Vaccination in Bombay 1913-1923 - 1913-1923
Year: 1913
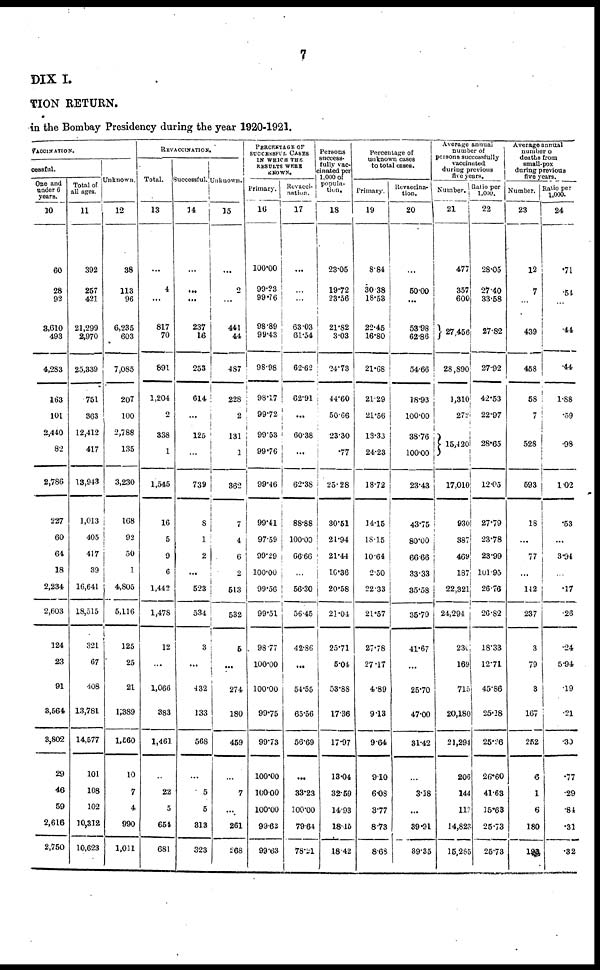
7
DIX I.
TION RETURN.
in the Bombay Presidency during the year 1920-1921.
VACCINATION.
cessful.
One and
under 6
years.
10
60
28
92
3,610
493
4,283
163
101
2,440
82
2,786
227
60
64
18
2,234
2,603
124
23
91
3,564
3,802
29
46
59
2,616
2,750
Total of
all ages.
11
392
257
421
21,299
2,970
25,339
751
363
12,412
417
13,943
1,013
405
417
39
16,641
18,515
321
67
408
13,781
14,577
101
108
102
10,312
10,623
Unknown.
12
38
113
96
6,235
603
7,085
207
100
2,788
135
3,230
168
92
50
1
4,805
5,116
125
25
21
1.389
1,560
10
7
4
990
1,011
REVACCINATION
Total.
13
...
4
...
817
70
891
1,204
2
338
1
1,545
16
5
9
6
1,442
1,478
12
...
1,066
383
1,461
...
22
5
654
681
Successful.
14
...
...
...
237
16
253
614
...
125
...
739
8
1
2
...
523
534
3
...
432
133
568
...
5
5
313
323
Unknown.
15
...
2
...
441
44
487
228
2
131
1
362
7
4
6
2
513
532
5
...
274
180
459
...
7
...
261
268
PERCENTAGE OF
SUCCESSFUL CASES
IN WHICH THE
RESULTS WERE
KNOWN.
Primary.
16
100.00
99.23
99.76
98.89
99.43
98.98
98.17
99.72
99.53
99.76
99.46
99.41
97.59
99.29
100.00
99.56
99.51
98.77
100.00
100.00
99.75
99.73
100.00
100.00
100.00
99.62
99.63
Revacci-
nation.
17
...
...
...
63.03
61.54
62.62
62.91
...
60.38
...
62.38
88.88
100.00
66.66
...
56.30
56.45
42.86
...
54.55
65.56
56.69
...
33.23
100.00
79.64
78.21
Persons
success-
fully vac-
cinated per
1,000 of
popula-
tion.
18
23.05
19.72
23.56
21.82
3.03
24.73
44.60
50.66
23.30
.77
25.28
30.51
21.94
21.44
10.36
20.58
21.04
25.71
5.04
53.88
17.36
17.97
13.04
32.59
14.93
18.15
18.42
Percentage of
unknown cases
to total cases.
Primary.
19
8.84
30.38
18.53
22.45
16.80
21.68
21.29
21.56
13.33
24.23
18.72
14.15
18.15
10.64
2.50
22.33
21.57
27.78
27.17
4.89
9.13
9.64
9.10
6.08
3.77
8.73
8.68
Revaccina-
tion.
20
...
50.00
...
53.98
62.86
54.66
18.93
100.00
38.76
100.00
23.43
43.75
80.00
66.66
33.33
35.58
35.79
41.67
...
25.70
47.00
31.42
...
3.18
...
39.91
89.35
Average annual
number of
persons successfully
vaccinated
during previous
five years.
Number.
21
477
357
600
27,456
28,890
l,310
272
15,420
17,010
930
387
469
187
22,321
24,294
230
169
715
20,180
21,294
206
144
112
14,823
15,285
Ratio per
1,000.
22
28.05
27.40
33.58
27.82
27.92
42.53
22.97
28.65
12.05
27.79
23.78
23.99
101.95
26.76
26.82
18.33
12.71
45.86
25.18
25.26
26.60
41.63
15.63
25.73
25.73
Average annual
number of
deaths from
small-pox
during previous
five years.
Number.
23
12
7
...
439
458
58
7
528
593
18
...
77
...
142
237
3
79
3
167
252
6
1
6
180
193
Ratio per
1,000.
24
.71
.51
...
.44
.44
1.88
.59
.98
1.02
.53
...
3.94
...
.17
.26
.24
5.94
.19
.21
.30
.77
.29
.84
.31
.32